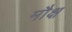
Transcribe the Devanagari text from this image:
मौक्ष